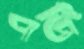
এডি